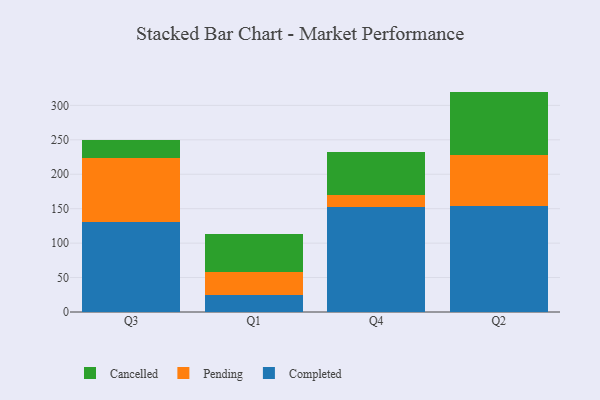
{"axis": {"x": "Quarter", "y": "Inventory Turnover"}, "legend": ["Cancelled", "Completed", "Pending"], "data": [{"x": "Q3", "y": 130.8, "type": "Completed"}, {"x": "Q3", "y": 93.2, "type": "Pending"}, {"x": "Q3", "y": 25.5, "type": "Cancelled"}, {"x": "Q1", "y": 24.9, "type": "Completed"}, {"x": "Q1", "y": 32.7, "type": "Pending"}, {"x": "Q1", "y": 55.4, "type": "Cancelled"}, {"x": "Q4", "y": 152.5, "type": "Completed"}, {"x": "Q4", "y": 17.8, "type": "Pending"}, {"x": "Q4", "y": 61.7, "type": "Cancelled"}, {"x": "Q2", "y": 154.6, "type": "Completed"}, {"x": "Q2", "y": 72.9, "type": "Pending"}, {"x": "Q2", "y": 92.5, "type": "Cancelled"}]}